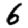
Digit: 6